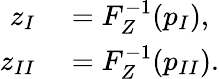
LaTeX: \begin{array}{rl}{z_{I}}&{{}=F_{Z}^{-1}(p_{I}),}\\ {z_{II}}&{{}=F_{Z}^{-1}(p_{II}).}\end{array}